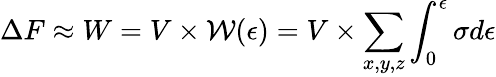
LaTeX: \Delta F\approx W=V\times\mathcal{W}(\epsilon)=V\times\sum_{x,y,z}\int_{0}^{\epsilon}\sigma d\epsilon